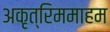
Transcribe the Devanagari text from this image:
अकृत्रिममाहम